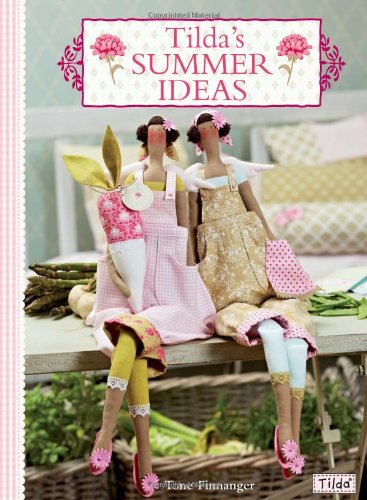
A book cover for Tilda's Summer Ideas; Tone Finnanger; Crafts, Hobbies & Home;